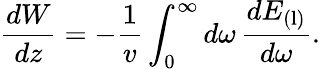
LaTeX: \frac{dW}{dz}=-\frac{1}{v}\int_{0}^{\infty}d\omega\, \frac{dE_{\mathrm{(l)}}}{d\omega}.